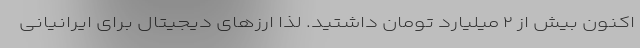
اکنون بیش از ۲ میلیارد تومان داشتید. لذا ارزهای دیجیتال برای ایرانیانی